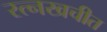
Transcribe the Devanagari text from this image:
रत्नखचीत